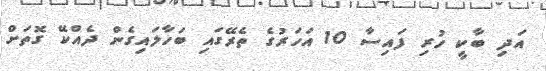
އަދި ބާކީ ހުރި ފައިސާ 10 އަހަރުގެ ތެރޭގައި ބަހާލައިގެން ދެއްކޭ ގޮތަށް